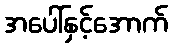
အပေါ်နှင့်အောက်